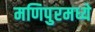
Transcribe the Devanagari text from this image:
मणिपुरमध्ये